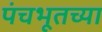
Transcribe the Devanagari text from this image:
पंचभूतच्या